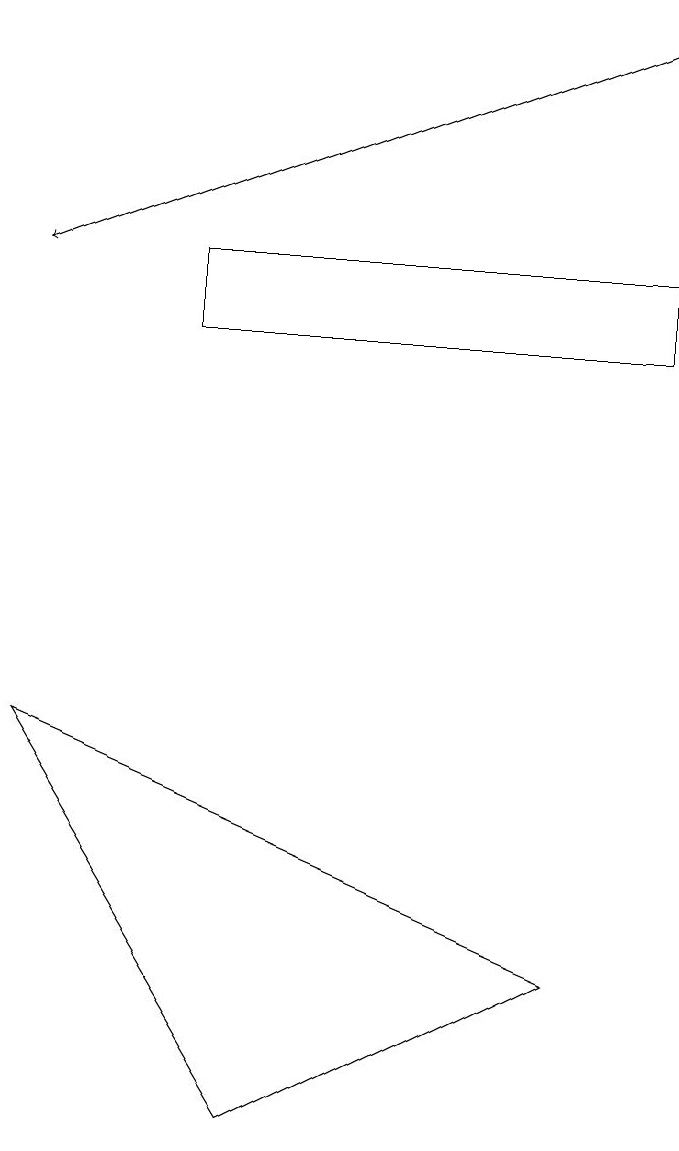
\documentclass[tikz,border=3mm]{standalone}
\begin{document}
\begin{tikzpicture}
\draw (2,13) rectangle (8,14);
\draw[->] (8,17) -- (0,14);
\draw (0,8) -- (3,3) -- (7,5) -- cycle;
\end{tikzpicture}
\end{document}